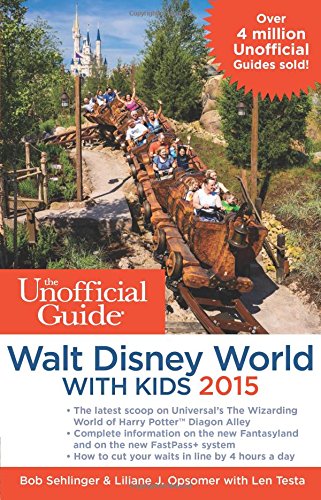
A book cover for The Unofficial Guide to Walt Disney World with Kids 2015; Bob Sehlinger; Travel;